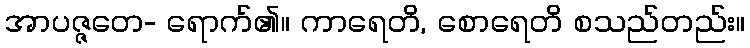
အာပဇ္ဇတေ- ရောက်၏။ ကာရေတိ, စောရေတိ စသည်တည်း။